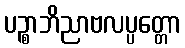
ပဉ္စာဘိညာဗလပ္ပတ္တော